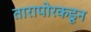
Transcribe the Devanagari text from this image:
तारापोरकडून